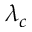
\lambda _ { c }